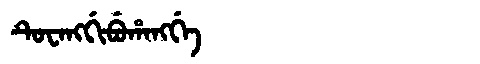
Manchu: ᡨᡠᠸᠠᠩᡤᡳᠪᡠᡥᠠᠩᡤᡝ
Romanization: TUWANGGIBUHANGGE